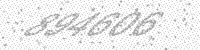
Solution: 894606